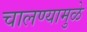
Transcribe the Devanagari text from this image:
चालण्यामुळे